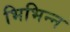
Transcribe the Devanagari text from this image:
भिभिन्न